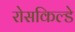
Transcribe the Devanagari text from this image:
रोसकिल्डे